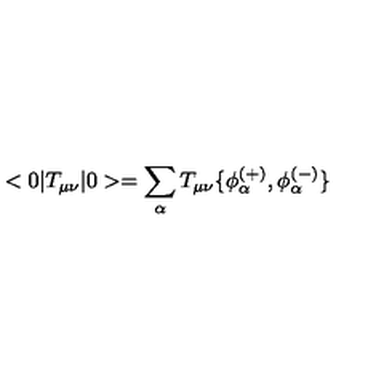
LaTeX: < 0 | T _ { \mu \nu } | 0 > = \sum _ { \alpha } T _ { \mu \nu } \{ \phi _ { \alpha } ^ { ( + ) } , \phi _ { \alpha } ^ { ( - ) } \}